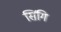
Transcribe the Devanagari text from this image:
सिंगि